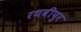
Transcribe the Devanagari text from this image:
रथवीपुर